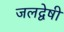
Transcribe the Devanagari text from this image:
जलद्वेषी